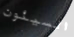
السيئون